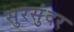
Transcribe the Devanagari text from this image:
सुरसुंदर